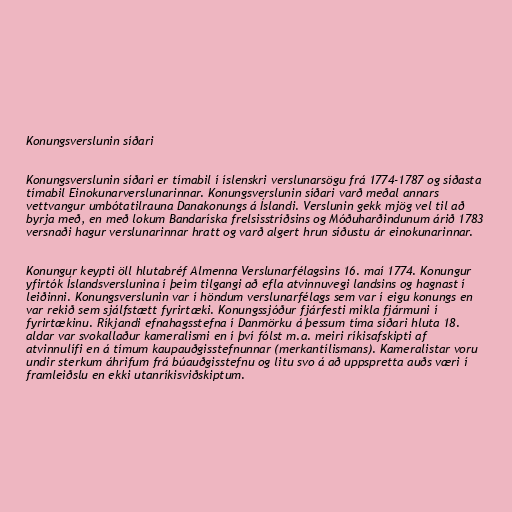
Konungsverslunin síðari

Konungsverslunin síðari er tímabil í íslenskri verslunarsögu frá 1774-1787 og síðasta
tímabil Einokunarverslunarinnar. Konungsverslunin síðari varð meðal annars
vettvangur umbótatilrauna Danakonungs á Íslandi. Verslunin gekk mjög vel til að
byrja með, en með lokum Bandaríska frelsisstríðsins og Móðuharðindunum árið 1783
versnaði hagur verslunarinnar hratt og varð algert hrun síðustu ár einokunarinnar.

Konungur keypti öll hlutabréf Almenna Verslunarfélagsins 16. maí 1774. Konungur
yfirtók Íslandsverslunina í þeim tilgangi að efla atvinnuvegi landsins og hagnast í
leiðinni. Konungsverslunin var í höndum verslunarfélags sem var í eigu konungs en
var rekið sem sjálfstætt fyrirtæki. Konungssjóður fjárfesti mikla fjármuni í
fyrirtækinu. Ríkjandi efnahagsstefna í Danmörku á þessum tíma síðari hluta 18.
aldar var svokallaður kameralismi en í því fólst m.a. meiri ríkisafskipti af
atvinnulífi en á tímum kaupauðgisstefnunnar (merkantílismans). Kameralistar voru
undir sterkum áhrifum frá búauðgisstefnu og litu svo á að uppspretta auðs væri í
framleiðslu en ekki utanríkisviðskiptum.